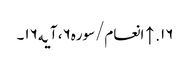
۱۶. ↑ انعام/سوره۶، آیه۱۶۔